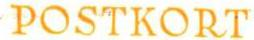
POSTKORT